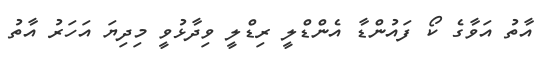
އާތު އަވާގެ ކޯ ފައުންޑާ އެންޑްލީ ރިޑްލީ ވިދާޅުވީ މިދިޔަ އަހަރު އާތު